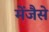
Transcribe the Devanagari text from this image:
मेंजैसे